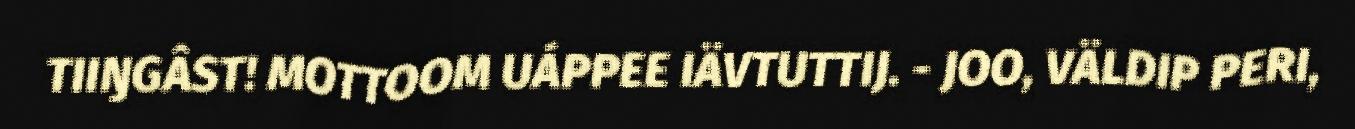
TIIŊGÂST! MOTTOOM UÁPPEE IÄVTUTTIJ. - JOO, VÄLDIP PERI,